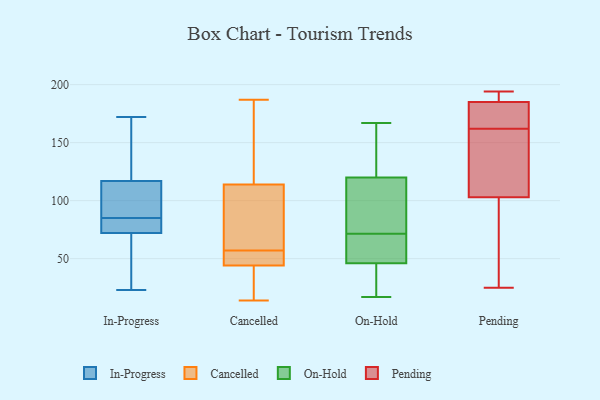
{"axis": {"x": "Page Views", "y": "Value"}, "legend": ["Cancelled", "In-Progress", "On-Hold", "Pending"], "data": [{"x": "", "y": 99, "type": "In-Progress"}, {"x": "", "y": 87, "type": "In-Progress"}, {"x": "", "y": 72, "type": "In-Progress"}, {"x": "", "y": 117, "type": "In-Progress"}, {"x": "", "y": 172, "type": "In-Progress"}, {"x": "", "y": 158, "type": "In-Progress"}, {"x": "", "y": 49, "type": "In-Progress"}, {"x": "", "y": 23, "type": "In-Progress"}, {"x": "", "y": 72, "type": "In-Progress"}, {"x": "", "y": 83, "type": "In-Progress"}, {"x": "", "y": 42, "type": "Cancelled"}, {"x": "", "y": 57, "type": "Cancelled"}, {"x": "", "y": 138, "type": "Cancelled"}, {"x": "", "y": 78, "type": "Cancelled"}, {"x": "", "y": 14, "type": "Cancelled"}, {"x": "", "y": 47, "type": "Cancelled"}, {"x": "", "y": 181, "type": "Cancelled"}, {"x": "", "y": 19, "type": "Cancelled"}, {"x": "", "y": 187, "type": "Cancelled"}, {"x": "", "y": 164, "type": "Cancelled"}, {"x": "", "y": 55, "type": "Cancelled"}, {"x": "", "y": 57, "type": "Cancelled"}, {"x": "", "y": 36, "type": "Cancelled"}, {"x": "", "y": 74, "type": "Cancelled"}, {"x": "", "y": 90, "type": "Cancelled"}, {"x": "", "y": 46, "type": "Cancelled"}, {"x": "", "y": 46, "type": "On-Hold"}, {"x": "", "y": 97, "type": "On-Hold"}, {"x": "", "y": 40, "type": "On-Hold"}, {"x": "", "y": 17, "type": "On-Hold"}, {"x": "", "y": 120, "type": "On-Hold"}, {"x": "", "y": 137, "type": "On-Hold"}, {"x": "", "y": 62, "type": "On-Hold"}, {"x": "", "y": 73, "type": "On-Hold"}, {"x": "", "y": 53, "type": "On-Hold"}, {"x": "", "y": 116, "type": "On-Hold"}, {"x": "", "y": 70, "type": "On-Hold"}, {"x": "", "y": 37, "type": "On-Hold"}, {"x": "", "y": 167, "type": "On-Hold"}, {"x": "", "y": 50, "type": "On-Hold"}, {"x": "", "y": 156, "type": "On-Hold"}, {"x": "", "y": 133, "type": "On-Hold"}, {"x": "", "y": 104, "type": "On-Hold"}, {"x": "", "y": 20, "type": "On-Hold"}, {"x": "", "y": 175, "type": "Pending"}, {"x": "", "y": 188, "type": "Pending"}, {"x": "", "y": 157, "type": "Pending"}, {"x": "", "y": 25, "type": "Pending"}, {"x": "", "y": 166, "type": "Pending"}, {"x": "", "y": 158, "type": "Pending"}, {"x": "", "y": 29, "type": "Pending"}, {"x": "", "y": 103, "type": "Pending"}, {"x": "", "y": 185, "type": "Pending"}, {"x": "", "y": 194, "type": "Pending"}]}